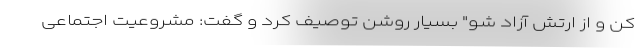
کن و از ارتش آزاد شو" بسیار روشن توصیف کرد و گفت: مشروعیت اجتماعی